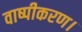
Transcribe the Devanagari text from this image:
वाष्पीकरण।